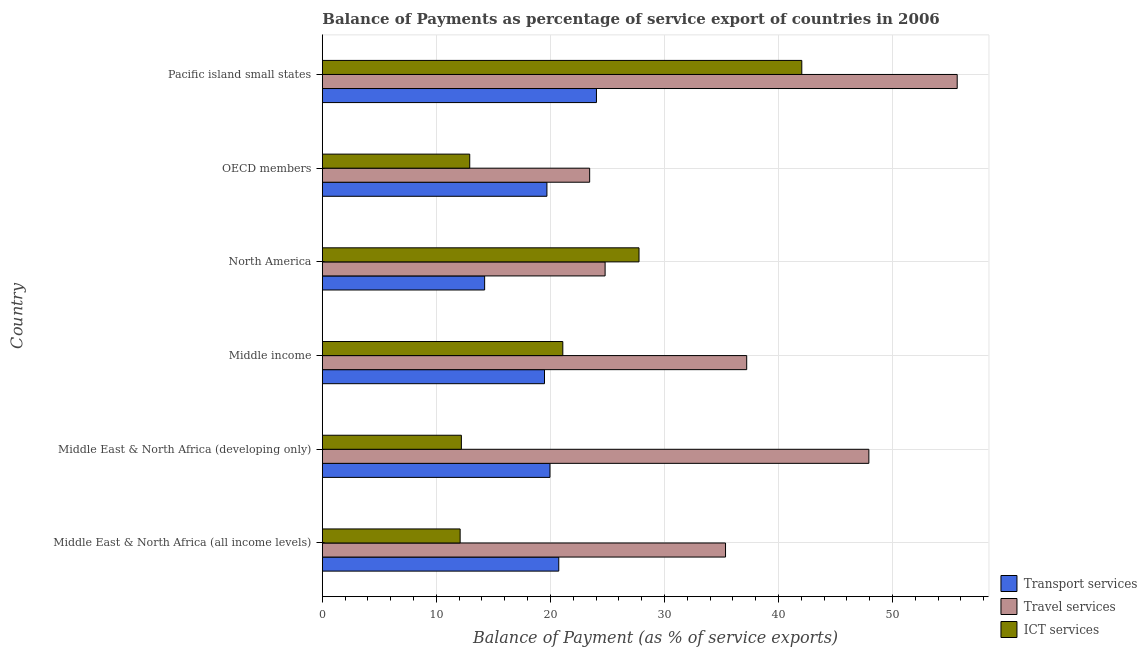
| Country | Transport services | Travel services | ICT services |
 | --- | --- | --- | --- |
 | Middle East & North Africa (all income levels) | 20.7 | 35.4 | 12.1 |
 | Middle East & North Africa (developing only) | 20 | 47.9 | 12.2 |
 | Middle income | 19.5 | 37.2 | 21.1 |
 | North America | 14.2 | 24.8 | 27.8 |
 | OECD members | 19.7 | 23.4 | 12.9 |
 | Pacific island small states | 24 | 55.7 | 42 |